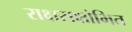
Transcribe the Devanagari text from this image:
राक्षसक्षोभित